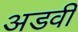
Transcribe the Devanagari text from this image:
अडवी